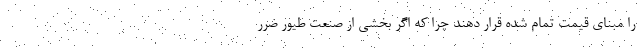
را مبنای قیمت تمام شده قرار دهند چرا که اگر بخشی از صنعت طیور ضرر